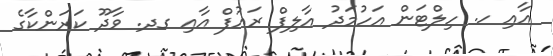
އާއި ހ. ހިލްޓަން އަހުމަދު އާލިފް ރައުފް އާއި ގދ. ވާދޫ ކަރަންކާގެ